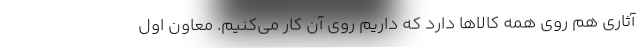
آثاری هم روی همه کالاها دارد که داریم روی آن کار می‌کنیم. معاون اول